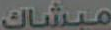
مبشاك